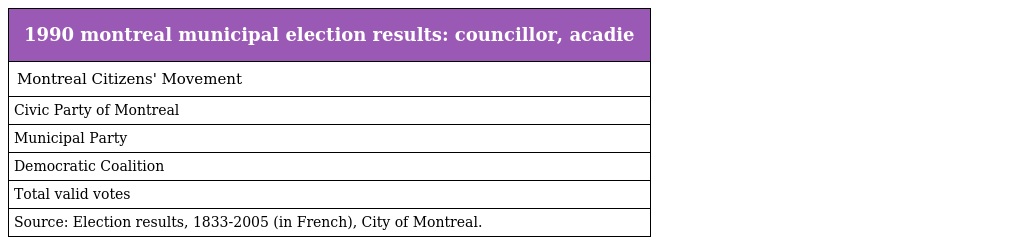
| 1990 montreal municipal election results: councillor, acadie |
 | --- |
 | Montreal Citizens' Movement |
 | Civic Party of Montreal |
 | Municipal Party |
 | Democratic Coalition |
 | Total valid votes |
 | Source: Election results, 1833-2005 (in French), City of Montreal. |